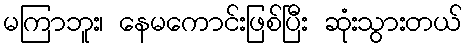
မကြာဘူး၊ နေမကောင်းဖြစ်ပြီး ဆုံးသွားတယ်